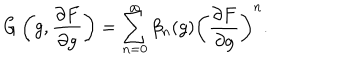
G \left( g , { \frac { \partial F } { \partial g } } \right) = \sum _ { n = 0 } ^ { \infty } \beta _ { n } ( g ) \left( { \frac { \partial F } { \partial g } } \right) ^ { n } .